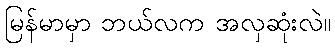
မြန်မာမှာ ဘယ်လက အလှဆုံးလဲ။